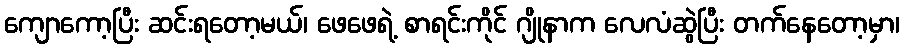
ကျောကော့ပြီး ဆင်းရတော့မယ်၊ ဖေဖေရဲ့ စာရင်းကိုင် ဂျိုနာက လေလံဆွဲပြီး တက်နေတော့မှာ၊